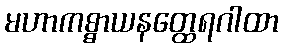
မဟာကစ္စာယနတ္ထေရဂါထာ